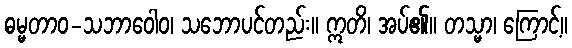
ဓမ္မတာဝ-သဘာဝေါဝ၊ သဘောပင်တည်း။ ဣတိ၊ အပ်၏။ တသ္မာ၊ ကြောင့်။